Scottish Leaving Certificate Examination, 1960
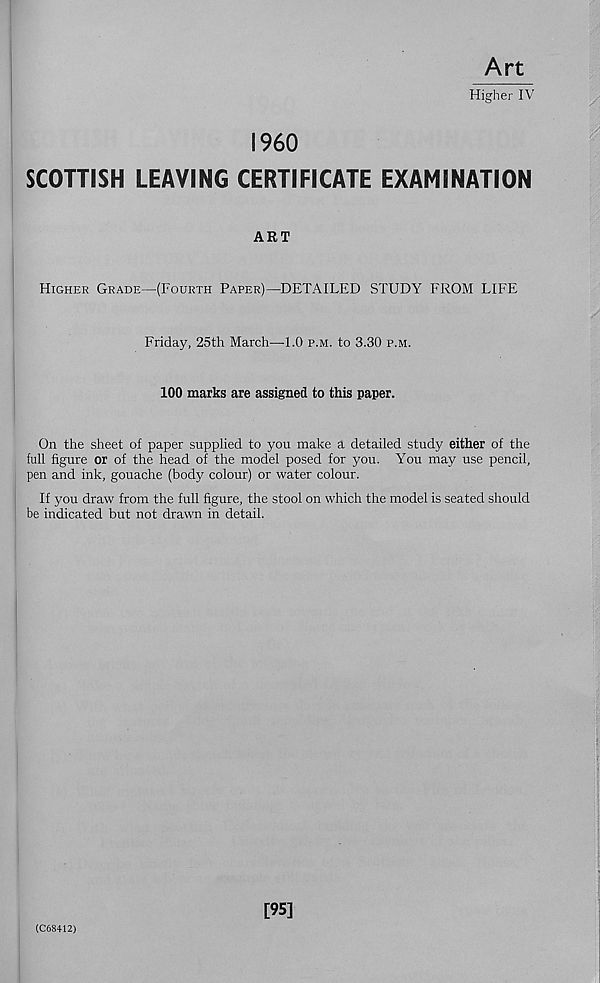
Art
Higher IV
I960
SCOTTISH LEAVING CERTIFICATE EXAMINATION
ART
Higher Grade—(Fourth Paper)—DETAILED STUDY FROM LIFE
Friday, 25th March—1.0 p.m. to 3.30 p.m.
100 marks are assigned to this paper.
On the sheet of paper supplied to you make a detailed study either of the
full figure or of the head of the model posed for you. You may use pencil,
pen and ink, gouache (body colour) or water colour.
If you draw from the full figure, the stool on which the model is seated should
be indicated but not drawn in detail.
(C68412)
[95]